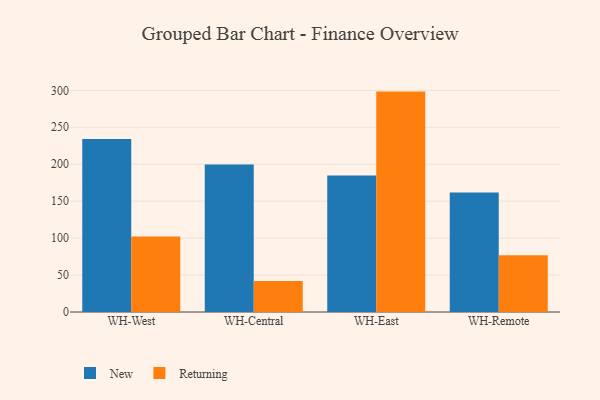
{"axis": {"x": "Warehouse", "y": "Conversion Rate (%)"}, "legend": ["New", "Returning"], "data": [{"x": "WH-West", "y": 234.1, "type": "New"}, {"x": "WH-West", "y": 102.2, "type": "Returning"}, {"x": "WH-Central", "y": 199.8, "type": "New"}, {"x": "WH-Central", "y": 42.1, "type": "Returning"}, {"x": "WH-East", "y": 184.9, "type": "New"}, {"x": "WH-East", "y": 298.3, "type": "Returning"}, {"x": "WH-Remote", "y": 161.6, "type": "New"}, {"x": "WH-Remote", "y": 76.8, "type": "Returning"}]}